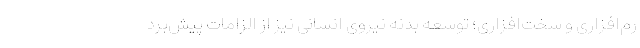
رم‌افزاری و سخت‌افزاری؛ توسعه بدنه نیروی انسانی نیز از الزامات پیش‌برد